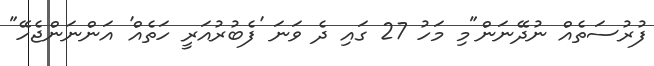
ފުރުސަތެއް ނުދޭނަން"މި މަހު 27 ގައި ދެ ވަނަ 'ފެބުރުއަރީ ހަތެއް' އަންނަންޖެހޭ"